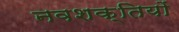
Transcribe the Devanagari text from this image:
नवशक्तियों